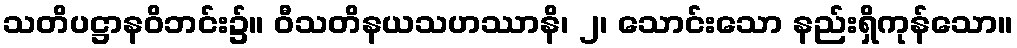
သတိပဋ္ဌာနဝိဘင်း၌။ ဝီသတိနယသဟဿာနိ၊ ၂၊ သောင်းသော နည်းရှိကုန်သော။